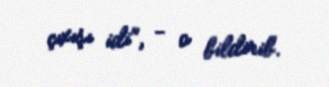
çıxışı idi", - o bildirib.